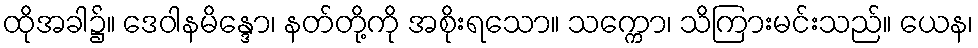
ထိုအခါ၌။ ဒေဝါနမိန္ဒော၊ နတ်တို့ကို အစိုးရသော။ သက္ကော၊ သိကြားမင်းသည်။ ယေန၊